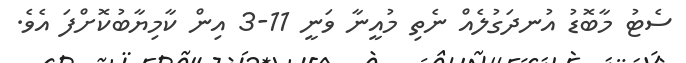
ސެޓު މާބޮޑު އުނދަގުލެއް ނެތި މުއީނާ ވަނީ 11-3 އިން ކާމިޔާބުކޮށްފަ އެވެ.